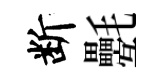
断氎